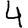
Digit: 4